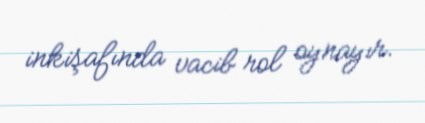
inkişafında vacib rol oynayır.